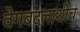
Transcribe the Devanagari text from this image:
वेगबदलाशीच